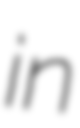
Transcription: in